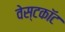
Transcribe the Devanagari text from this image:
वेस्टकॉट